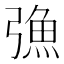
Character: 𢐗